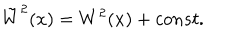
LaTeX: \tilde { W } ^ { 2 } ( x ) = W ^ { 2 } ( x ) + c o n s t .